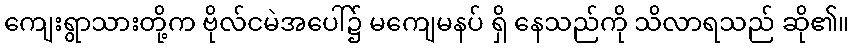
ကျေးရွာသားတို့က ဗိုလ်ငမဲအပေါ်၌ မကျေမနပ် ရှိ နေသည်ကို သိလာရသည် ဆို၏။